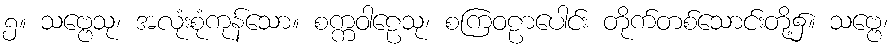
၅။ သဗ္ဗေသု၊ အလုံးစုံကုန်သော။ စက္ကဝါဠေသု၊ စကြဝဠာပေါင်း တိုက်တစ်သောင်းတို့၌။ သဗ္ဗေ၊